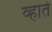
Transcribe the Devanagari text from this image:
व्हाते